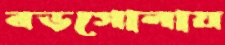
বড়গোলায়